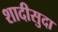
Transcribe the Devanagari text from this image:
शादीसुदा